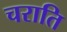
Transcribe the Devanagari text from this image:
चराति